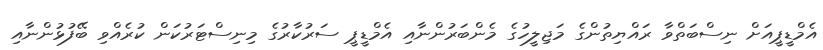
އެމްޑީޕީއަށް ނިސްބަތްވާ ރައްޔިތުންގެ މަޖިލީހުގެ މެންބަރުންނާއި އެމްޑީޕީ ސަރުކާރުގެ މިނިސްޓަރުކަން ކުރެއްވި ބޭފުޅުންނާއި